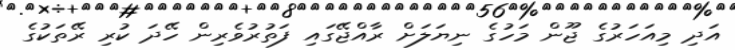
އަދި މިއަހަރުގެ ޖޫން މަހުގެ ނިޔަލަށް ރާއްޖޭގައި ފަތުރުވެރިން ހޭދަ ކުރި ރޭތަކުގެ